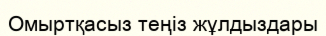
Омыртқасыз теңіз жұлдыздары